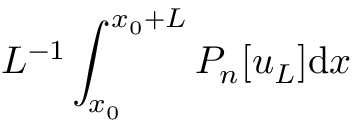
L ^ { - 1 } \int _ { x _ { 0 } } ^ { x _ { 0 } + L } P _ { n } [ u _ { L } ] \mathrm { d } x